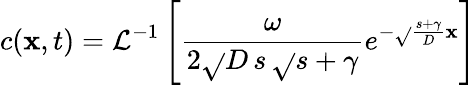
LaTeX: c(\mathbf{x},t)=\mathcal{{L}}^{-1}\left[\frac{{\omega}}{{2\sqrt{}{{D}}\, s\, \sqrt{}{{s+\gamma}}}}e^{-\sqrt{}{{\frac{{s+\gamma}}{{D}}}}\mathbf{x}}\right]